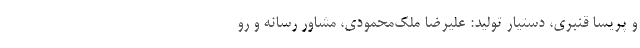
و پریسا قنبری، دستیار تولید: علیرضا ‌ملک‌محمودی، مشاور رسانه و رو